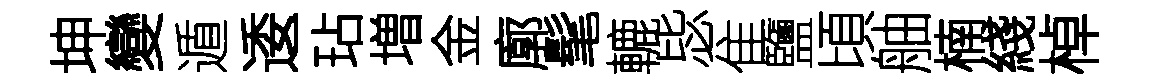
坤變遁逶玷増金廓髦轆毖隹鹽頃舳楠綫棹